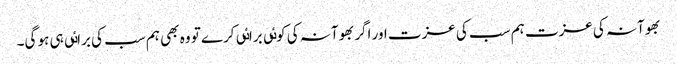
بھوآنہ کی عزت ہم سب کی عزت اور اگر بھوآنہ کی کوٸی براٸی کرے تو وہ بھی ہم سب کی براٸی ہی ہو گی۔